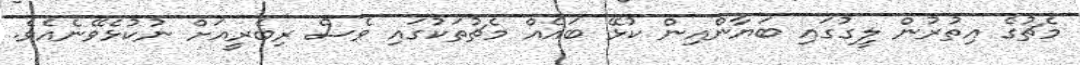
މެޗުގެ އިތުރުން ލީގުގައި ބަޔާންއިން ކުޅޭ ބައެއް މެޗުތަކުގައި ވެސް ރިބެރީއަށް ނުކުޅެވޭނެއެވެ.